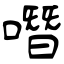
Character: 噆